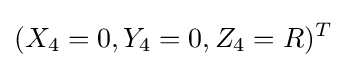
(X_{4}=0,Y_{4}=0,Z_{4}=R)^{T}